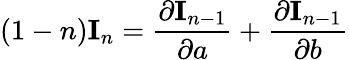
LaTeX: (1-n){\textbf{I}}_{n}={\frac{\partial{\textbf{I}}_{n-1}}{\partial a}}+{\frac{\partial{\textbf{I}}_{n-1}}{\partial b}}